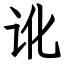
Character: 讹